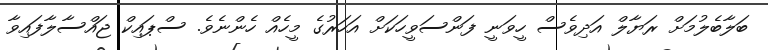
ބަލާބެލުމަށް ރަޔާލް އަދިވެސް ހީވަނީ ފަންސަވީހަކަށް އަހަރުގެ މީހެއް ހެންނެވެ. ސްޕައިކް ޖައްސާލާފައިވާ